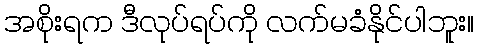
အစိုးရက ဒီလုပ်ရပ်ကို လက်မခံနိုင်ပါဘူး။